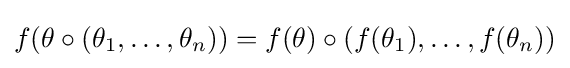
f(\theta \circ (\theta _{1},\ldots ,\theta _{n}))=f(\theta )\circ (f(\theta _{1}),\ldots ,f(\theta _{n}))